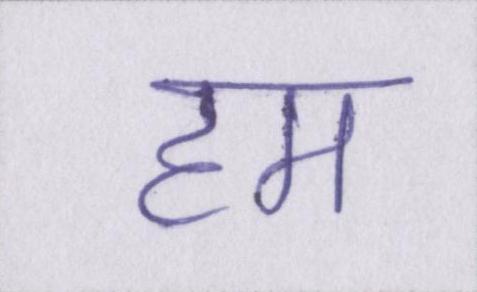
हम